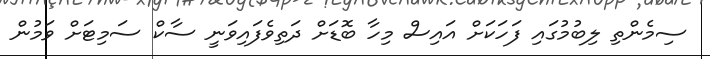
ސިމެންތި ލިބުމުގައި ފަހަކަށް އައިސް މިހާ ބޮޑަށް ދަތިވެފައިވަނީ ސާކް ސަމިޓަށް ވަމުން